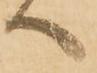
へ